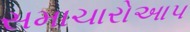
સમાચારોઆપ